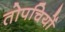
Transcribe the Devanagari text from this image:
तोपचियों